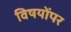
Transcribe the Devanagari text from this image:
विषयोंपर